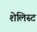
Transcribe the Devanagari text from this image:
शेलिस्ट